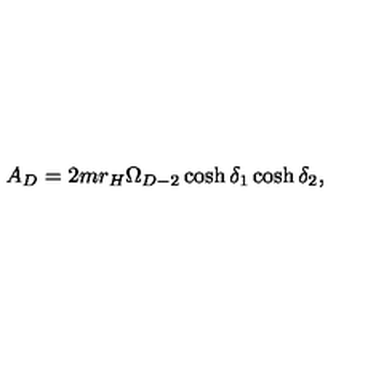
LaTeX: A _ { D } = 2 m r _ { H } \Omega _ { D - 2 } \cosh \delta _ { 1 } \cosh \delta _ { 2 } ,